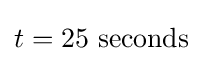
t=25\ \mathrm {seconds}